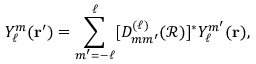
Y _ { \ell } ^ { m } ( { \mathbf { r } } ^ { \prime } ) = \sum _ { m ^ { \prime } = - \ell } ^ { \ell } [ D _ { m m ^ { \prime } } ^ { ( \ell ) } ( { \mathcal { R } } ) ] ^ { * } Y _ { \ell } ^ { m ^ { \prime } } ( { \mathbf { r } } ) ,